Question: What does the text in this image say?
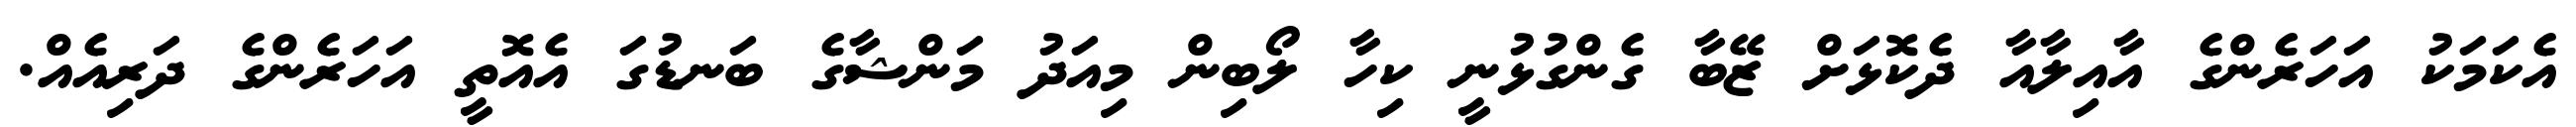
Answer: އެކަމަކު އަހަރެންގެ އާއިލާއާ ދެކޮޅަށް ޒޭބާ ގެންގުޅުނީ ކިހާ ލޯބިން މިއަދު މަންޝާގެ ބަނޑުގަ އެއޮތީ އަހަރެންގެ ދަރިއެއް.